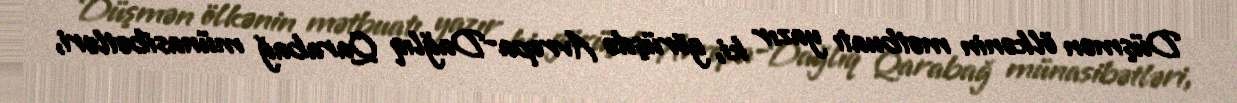
Düşmən ölkənin mətbuatı yazır ki, görüşdə Avropa-Dağlıq Qarabağ münasibətləri,